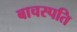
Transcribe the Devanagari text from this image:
बाचस्पति